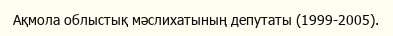
Ақмола облыстық мәслихатының депутаты (1999-2005).